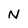
Character: N